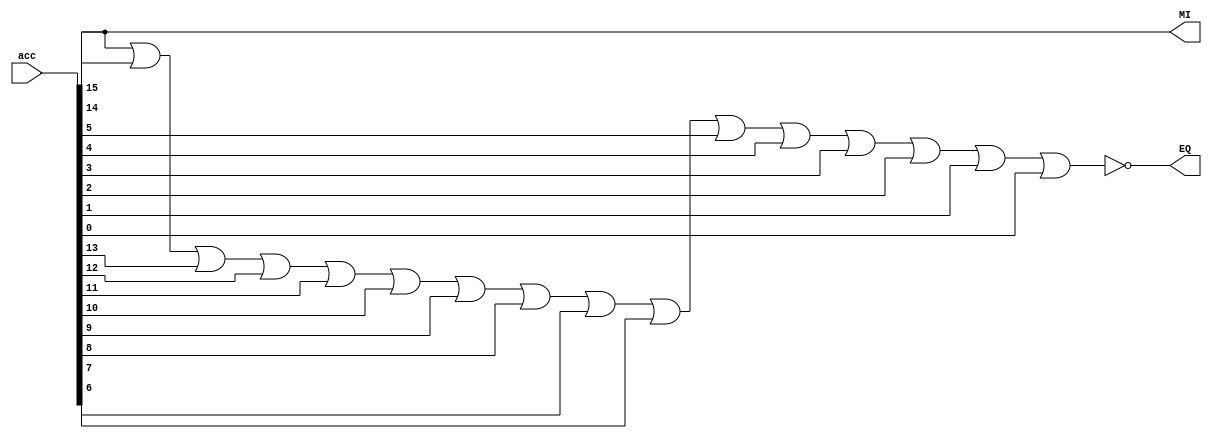
module MIEQ
(
	input [15:0] acc,	//accumulator state
	
	output MI,
	output EQ
);

assign MI = acc[15];
assign EQ = ~(acc[15] | acc[14] | acc[13] | acc[12] | acc[11] | acc[10] | acc[9] | acc[8] | acc[7] | acc[6] | acc[5] | acc[4] | acc[3] | acc[2] | acc[1] | acc[0]);

endmodule